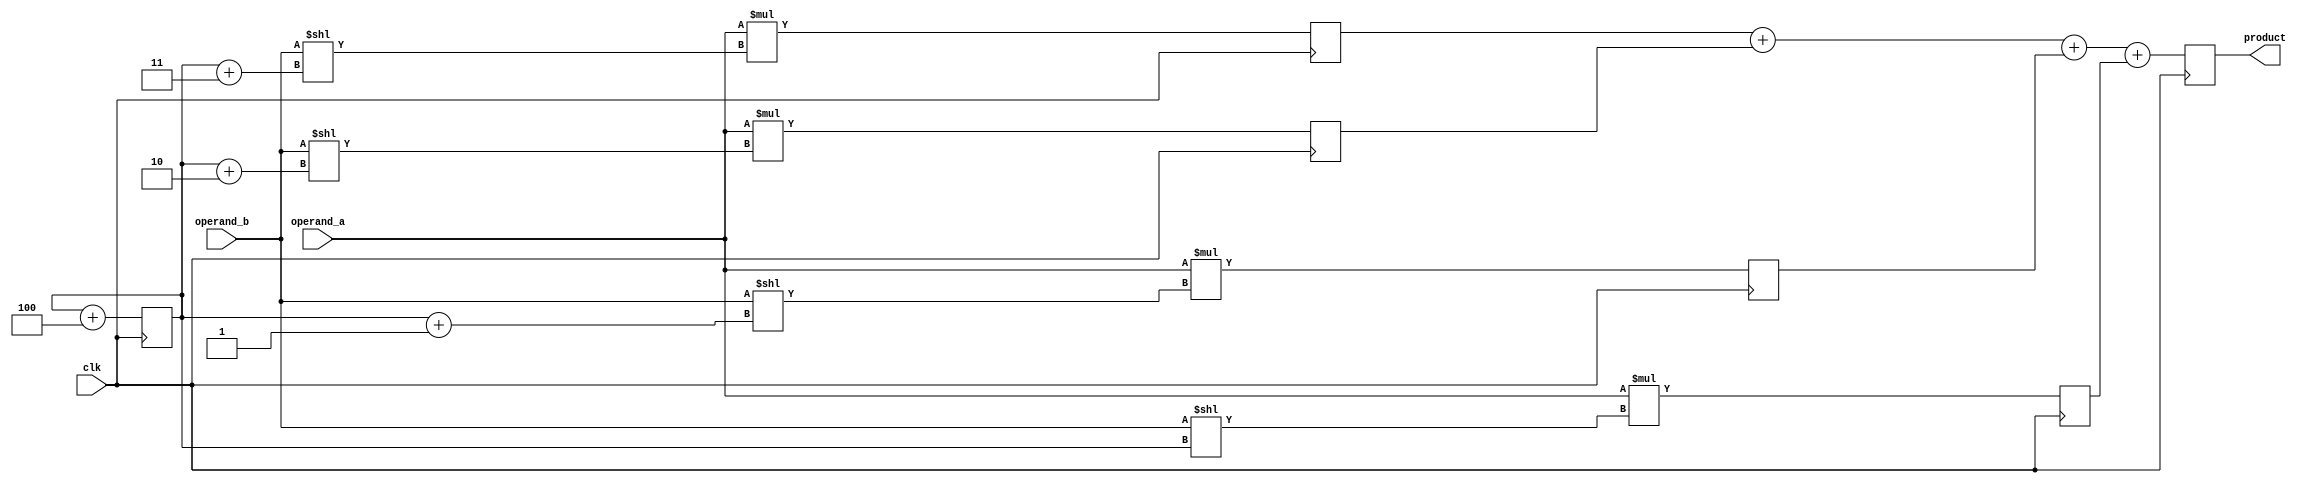
module Radix4Multiplier (
    input [15:0] operand_a,       // Input operand A
    input [15:0] operand_b,       // Input operand B
    input             clk,            // Clock signal
    output reg [31:0] product      // Output product
);

reg [31:0] partial_product [3:0];  // Partial products for radix-4 multiplication
reg [3:0] shift_amount = 0;             // Shift amount for radix-4 multiplication

always @(posedge clk) begin
    // Perform radix-4 multiplication
    partial_product[0] <= operand_a * (operand_b << shift_amount);
    partial_product[1] <= operand_a * (operand_b << (shift_amount + 1));
    partial_product[2] <= operand_a * (operand_b << (shift_amount + 2));
    partial_product[3] <= operand_a * (operand_b << (shift_amount + 3));

    // Accumulate partial products to generate final product
    product <= partial_product[3] + partial_product[2] + partial_product[1] + partial_product[0];

    // Update shift amount for the next iteration
    shift_amount <= shift_amount + 4;
end
endmodule